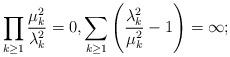
LaTeX: \begin{align*}\prod_{k\ge1}\frac{\mu_k^2}{\lambda_k^2}=0, \sum_{k\ge1} \Bigg( \frac{\lambda_{k}^{2}}{\mu_{k}^{2}} -1 \Bigg) = \infty; \end{align*}